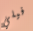
فيلي